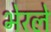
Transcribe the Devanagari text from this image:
भेरले